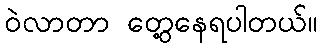
ဝဲလာတာ တွေ့နေရပါတယ်။